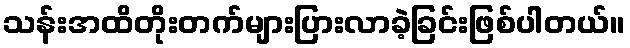
သန်းအထိတိုးတက်များပြားလာခဲ့ခြင်းဖြစ်ပါတယ်။